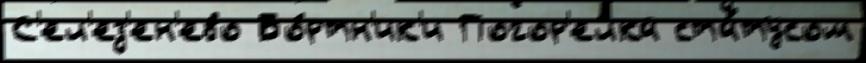
С'ел'ез'ен'ево Бо́ртн'ик'и Погор'елка ста́тусом